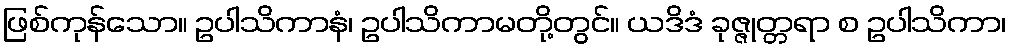
ဖြစ်ကုန်သော။ ဥပါသိကာနံ၊ ဥပါသိကာမတို့တွင်။ ယဒိဒံ ခုဇ္ဇုတ္တရာ စ ဥပါသိကာ၊